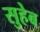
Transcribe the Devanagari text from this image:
सुहेब